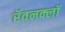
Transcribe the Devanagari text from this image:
रॅवनक्लॉ